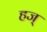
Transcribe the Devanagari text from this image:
हज्